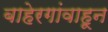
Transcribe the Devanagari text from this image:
बाहेरगांवाहून